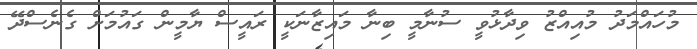
މުހައްމަދު މުއިއްޒު ވިދާޅުވީ ސުނާމީ ބިނާ މައިޒާނަކީ ރައީސް ޔާމީން ގައުމަށް ގެނެސްދޭ